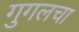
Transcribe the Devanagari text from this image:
गुगलचा